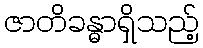
ဇာတိခန္ဓာရှိသည့်